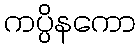
ကပ္ပိနကော